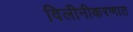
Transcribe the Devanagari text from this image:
विलीनीकरणात